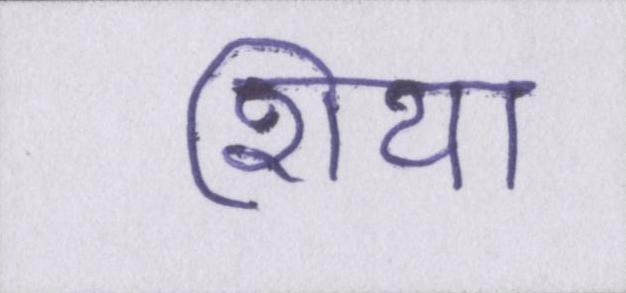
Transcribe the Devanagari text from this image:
शिया